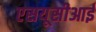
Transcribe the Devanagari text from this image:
एसयूसीआई